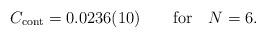
LaTeX: \begin{align*}C_{\rm cont} = 0.0236(10) \qquad {\rm for}\quad N=6.\end{align*}